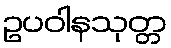
ဥပဝါနသုတ္တ